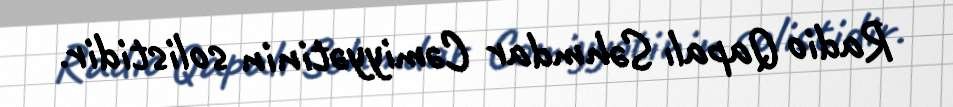
Radio Qapalı Səhmdar Cəmiyyətinin solistidir.